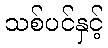
သစ်ပင်နှင့်